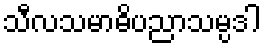
သီလသမာဓိပညာသမ္ပဒါ